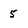
Character: 5